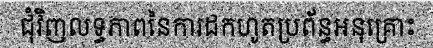
ជុំវិញលទ្ធភាពនៃការដកហូតប្រព័ន្ធអនុគ្រោះ